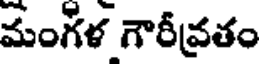
మంగళ గౌరీవ్రతం